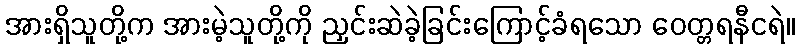
အားရှိသူတို့က အားမဲ့သူတို့ကို ညှင်းဆဲခဲ့ခြင်းကြောင့်ခံရသော ဝေတ္တရနီငရဲ။